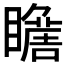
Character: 𱳑